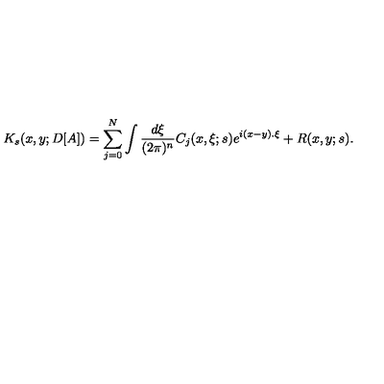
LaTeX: K _ { s } ( x , y ; D [ A ] ) = \sum _ { j = 0 } ^ { N } \int \frac { d \xi } { ( 2 \pi ) ^ { n } } C _ { j } ( x , \xi ; s ) e ^ { i ( x - y ) . \xi } + R ( x , y ; s ) .